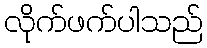
လိုက်ဖက်ပါသည်